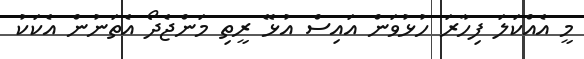
މީ އެއްކަލަ ފިހާރަ ހުޅުވަން އައިސް އުޅޭ ރީތި މަންޖެދޯ އެތަނުން އެކަކު